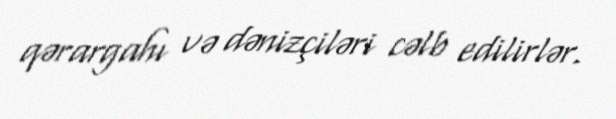
qərargahı və dənizçiləri cəlb edilirlər.